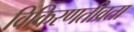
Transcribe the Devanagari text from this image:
विकिरणतीव्रता